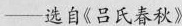
—选自《吕氏春秋》